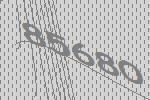
85680